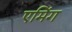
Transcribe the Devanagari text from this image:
एमिंग